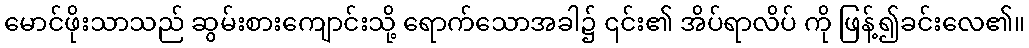
မောင်ဖိုးသာသည် ဆွမ်းစားကျောင်းသို့ ရောက်သောအခါ၌ ၎င်း၏ အိပ်ရာလိပ် ကို ဖြန့်၍ခင်းလေ၏။